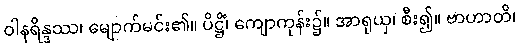
ဝါနရိန္ဒဿ၊ မျောက်မင်း၏။ ပိဋ္ဌိံ၊ ကျောကုန်း၌။ အာရုယှ၊ စီး၍။ ဗာဟာတိ၊